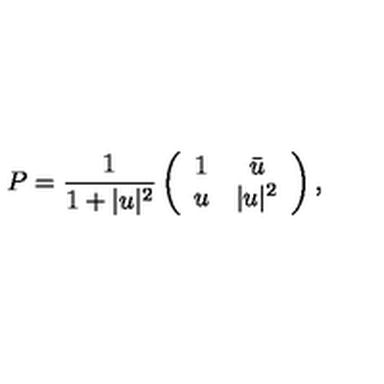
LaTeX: P = \frac { 1 } { 1 + | u | ^ { 2 } } \left( \begin{array} { c c } { 1 } & { \bar { u } } \\ { u } & { | u | ^ { 2 } } \\ \end{array} \right) ,